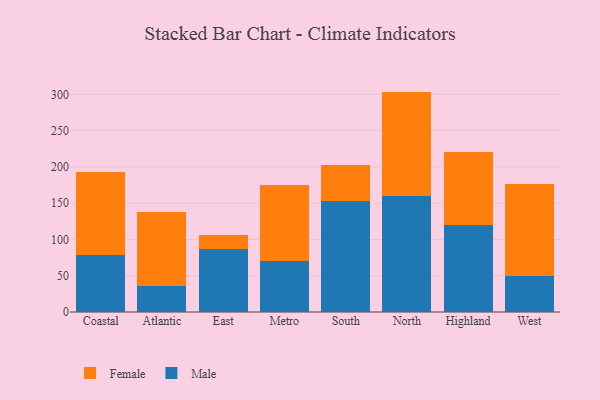
{"axis": {"x": "Region", "y": "Budget (USD K)"}, "legend": ["Female", "Male"], "data": [{"x": "Coastal", "y": 78.1, "type": "Male"}, {"x": "Coastal", "y": 115.0, "type": "Female"}, {"x": "Atlantic", "y": 35.7, "type": "Male"}, {"x": "Atlantic", "y": 101.8, "type": "Female"}, {"x": "East", "y": 87.5, "type": "Male"}, {"x": "East", "y": 18.1, "type": "Female"}, {"x": "Metro", "y": 70.2, "type": "Male"}, {"x": "Metro", "y": 104.5, "type": "Female"}, {"x": "South", "y": 153.4, "type": "Male"}, {"x": "South", "y": 49.6, "type": "Female"}, {"x": "North", "y": 159.4, "type": "Male"}, {"x": "North", "y": 144.4, "type": "Female"}, {"x": "Highland", "y": 120.1, "type": "Male"}, {"x": "Highland", "y": 100.9, "type": "Female"}, {"x": "West", "y": 49.8, "type": "Male"}, {"x": "West", "y": 126.9, "type": "Female"}]}